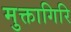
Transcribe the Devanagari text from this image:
मुक्तागिरि